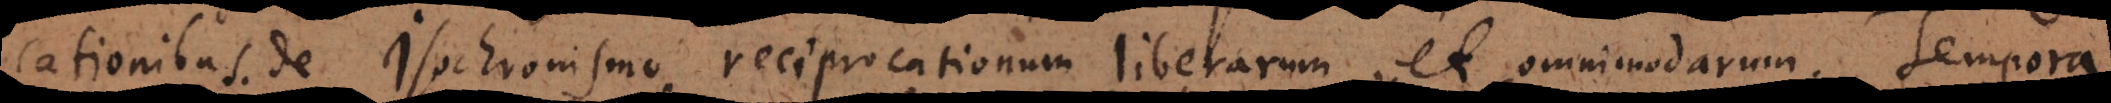
cationibus. De Isochronismo reciprocationum liberarum et omnimodarum. Tempora